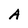
Character: A